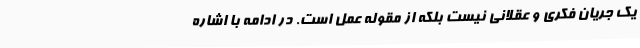
یک جریان فکری و عقلانی نیست بلکه از مقوله عمل است. در ادامه با اشاره